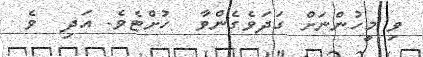
ވި މީހުންނަށް ގަދަވެގެންވާ  ހުށްޓެވެ. އަދި  ވެ